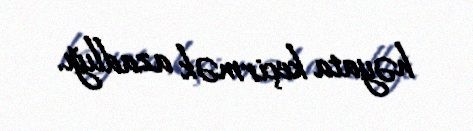
həyata keçirmək azadlığı.